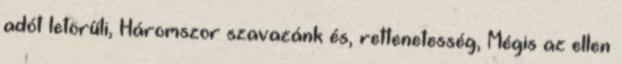
adót letörűli, Háromszor szavazánk és, rettenetesség, Mégis az ellen